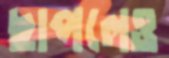
ছাপলেও